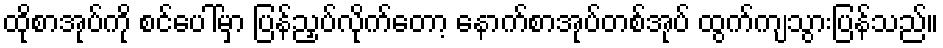
ထိုစာအုပ်ကို စင်ပေါ်မှာ ပြန်ညှပ်လိုက်တော့ နောက်စာအုပ်တစ်အုပ် ထွက်ကျသွားပြန်သည်။